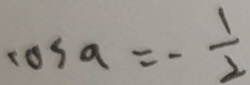
\cos a = - \frac { 1 } { 2 }